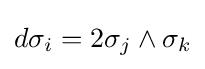
d\sigma _{i}=2\sigma _{j}\wedge \sigma _{k}